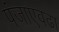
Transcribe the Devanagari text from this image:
पंजाएवढा